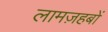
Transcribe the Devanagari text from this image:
लामज़हबों